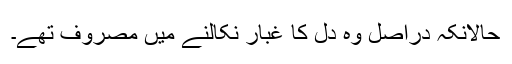
حالانکہ دراصل وہ دل کا غبار نکالنے میں مصروف تھے۔